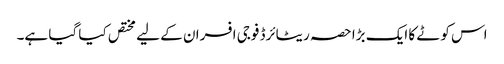
اس کوٹے کا ایک بڑا حصہ ریٹائرڈ فوجی افسران کے لیے مختص کیا گیا ہے۔